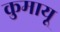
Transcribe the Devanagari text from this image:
कुमायू